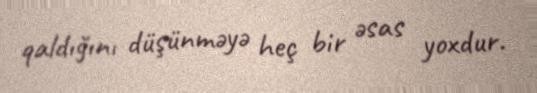
qaldığını düşünməyə heç bir əsas yoxdur.